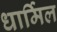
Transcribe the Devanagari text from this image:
धार्मिल